Civil Veterinary Dept. Bombay admin report 1932-41 - 1932-1941
Year: 1932
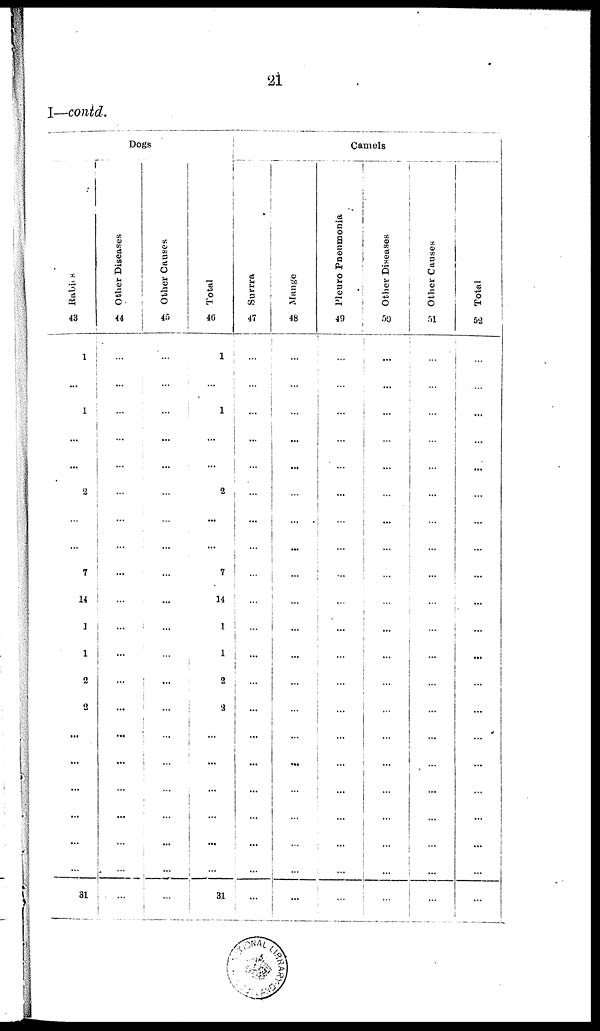
21
I—contd.
Dogs
Rabies
43
1
...
1
...
...
2
...
...
7
14
1
1
2
2
...
...
...
...
...
...
31
Other Diseases
44
...
...
...
...
...
...
...
...
...
...
...
...
...
...
...
...
...
...
...
...
...
Other Causes
45
...
...
...
...
...
...
...
...
...
...
...
...
...
...
...
...
...
...
...
...
...
Total
46
1
...
1
...
...
2
...
...
7
14
1
1
2
2
...
...
...
...
...
...
31
Camels
Surrra
47
...
...
...
...
...
...
...
...
...
...
...
...
...
...
...
...
...
...
...
...
...
Mange
48
...
...
...
...
...
...
...
...
...
...
...
...
...
...
...
...
...
...
...
...
...
Pleuro Pneumonia
49
...
...
...
...
...
...
...
...
...
...
...
...
...
...
...
...
...
...
...
...
...
Other Diseases
50
...
...
...
...
...
...
...
...
...
...
...
...
...
...
...
...
...
...
...
...
...
Other Causes
51
...
...
...
...
...
...
...
...
...
...
...
...
...
...
...
...
...
...
...
...
...
Total
52
...
...
...
...
...
...
...
...
...
...
...
...
...
...
...
...
...
...
...
...
...